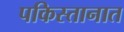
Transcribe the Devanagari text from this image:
पकिस्तानात